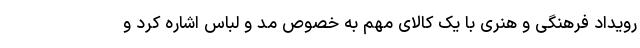
رویداد فرهنگی و هنری با یک کالای مهم به خصوص مد و لباس اشاره کرد و